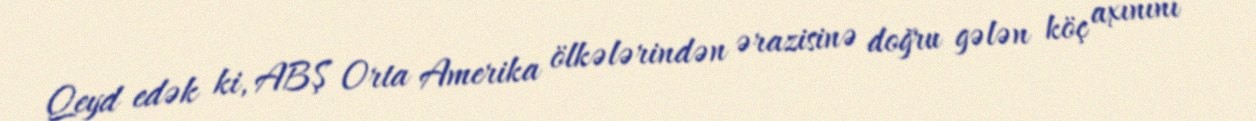
Qeyd edək ki, ABŞ Orta Amerika ölkələrindən ərazisinə doğru gələn köç axınını